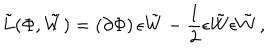
{ \tilde { L } } ( \Phi , \tilde { W } ) = \left( \partial \Phi \right) \epsilon \tilde { W } - \frac { 1 } { 2 } \epsilon \tilde { W } \epsilon \tilde { W } \, ,